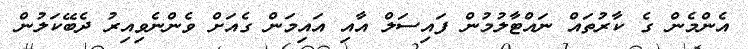
އެންމެން ގެ ކާރުތައް ނައްޓާލުމުން ފައިސަލް އާއި އައިމަން ގެއަށް ވެންނެވިއިރު ދެބޭކަލުން